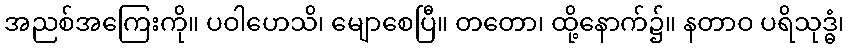
အညစ်အကြေးကို။ ပဝါဟေသိ၊ မျောစေပြီ။ တတော၊ ထို့နောက်၌။ နတာဝ ပရိသုဒ္ဓံ၊